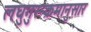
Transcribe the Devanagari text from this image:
लघुगुरूक्रमानुसार